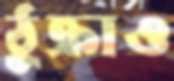
ঠুক্‌রাও